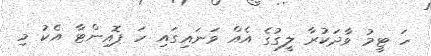
ހަ ޓީމު ވާދަކުރާ ލީގުގެ އެއް ވަނައިގައި ހަ ޕޮއިންޓާ އެކު މި